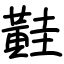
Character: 黊